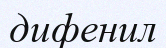
дифенил